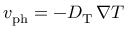
v _ { \mathrm { p h } } = - D _ { \mathrm { T } } \, \nabla T